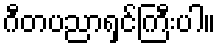
ဂီတပညာရှင်ကြီးပါ။